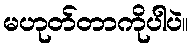
မဟုတ်တာကိုပါပဲ။